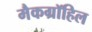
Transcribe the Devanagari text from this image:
मैकग्रॉहिल